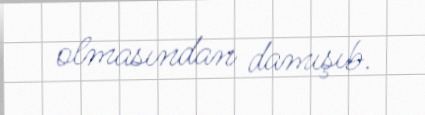
olmasından damışıb.